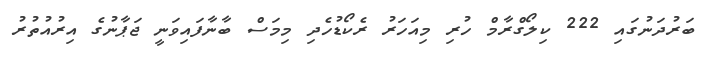
ބަރުދަނުގައި 222 ކިލޯގްރާމް ހުރި މިއަހަރު ރެކޯޑުހެދި މިމަސް ބާނާފައިވަނީ ޖަޕާނުގެ އިރުއުތުރު